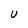
Character: U